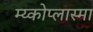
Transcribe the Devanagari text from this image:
म्य्कोप्लास्मा